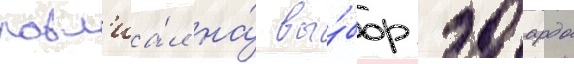
повл'иа́л на́ вы́бор эдоардо